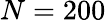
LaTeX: N=200